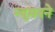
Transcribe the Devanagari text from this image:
न्यूमनने